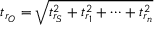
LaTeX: t _ { r _ { O } } = { \sqrt { t _ { r _ { S } } ^ { 2 } + t _ { r _ { 1 } } ^ { 2 } + \dots + t _ { r _ { n } } ^ { 2 } } }